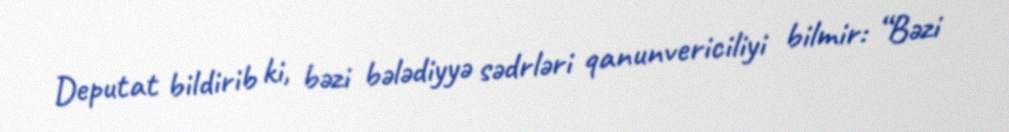
Deputat bildirib ki, bəzi bələdiyyə sədrləri qanunvericiliyi bilmir: “Bəzi